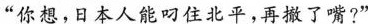
“你想，日本人能叼住北平，再撤了嘴?”